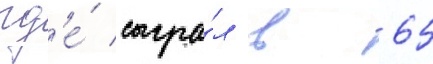
гд'е́ сыгра́л в 65